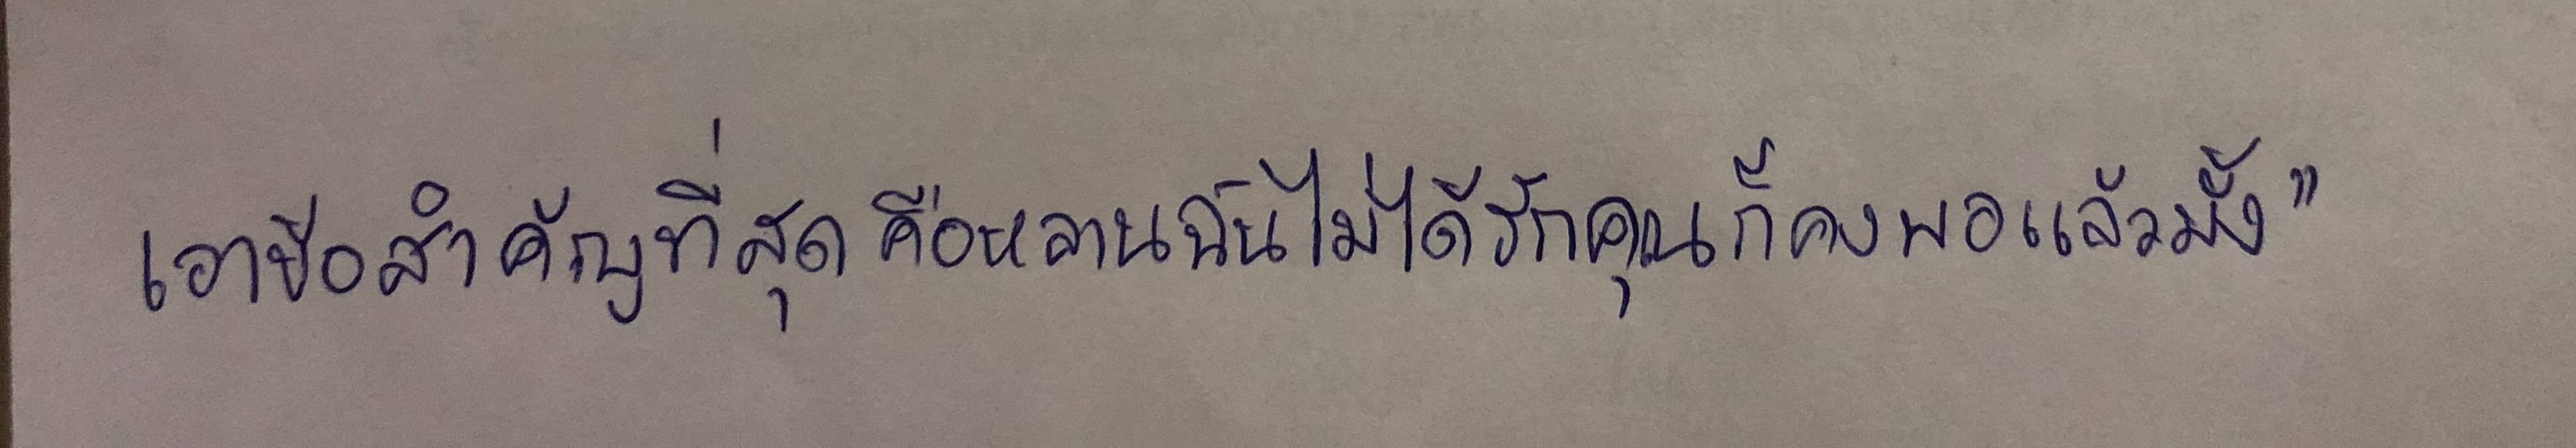
เอาข้อสำคัญที่สุดคือหลานฉันไม่ได้รักคุณก็คงพอแล้วมั้ง"